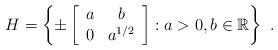
LaTeX: \begin{align*}H=\left\{ \pm\left[\begin{array}[c]{cc}a & b\\0 & a^{1/2}\end{array}\right] :a>0,b\in\mathbb{R}\right\} ~.\end{align*}